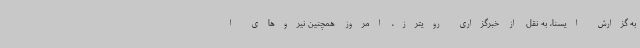
به گزارش ایسنا، به نقل از خبرگزاری رویترز، امروز همچنین نیروهای ا